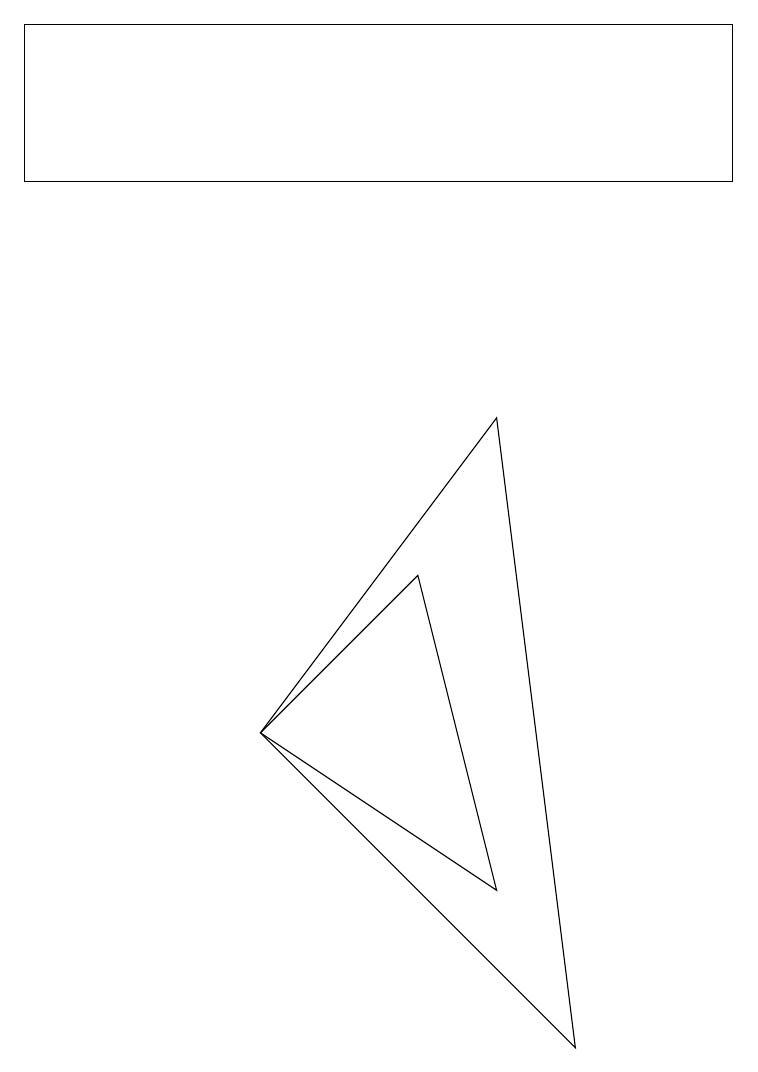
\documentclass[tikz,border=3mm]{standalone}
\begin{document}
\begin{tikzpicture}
\draw (5,6) -- (6,2) -- (3,4) -- cycle;
\draw (3,4) -- (6,8) -- (7,0) -- cycle;
\draw (0,13) rectangle (9,11);
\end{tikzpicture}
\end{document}